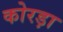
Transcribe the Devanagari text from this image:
कोरड़ा